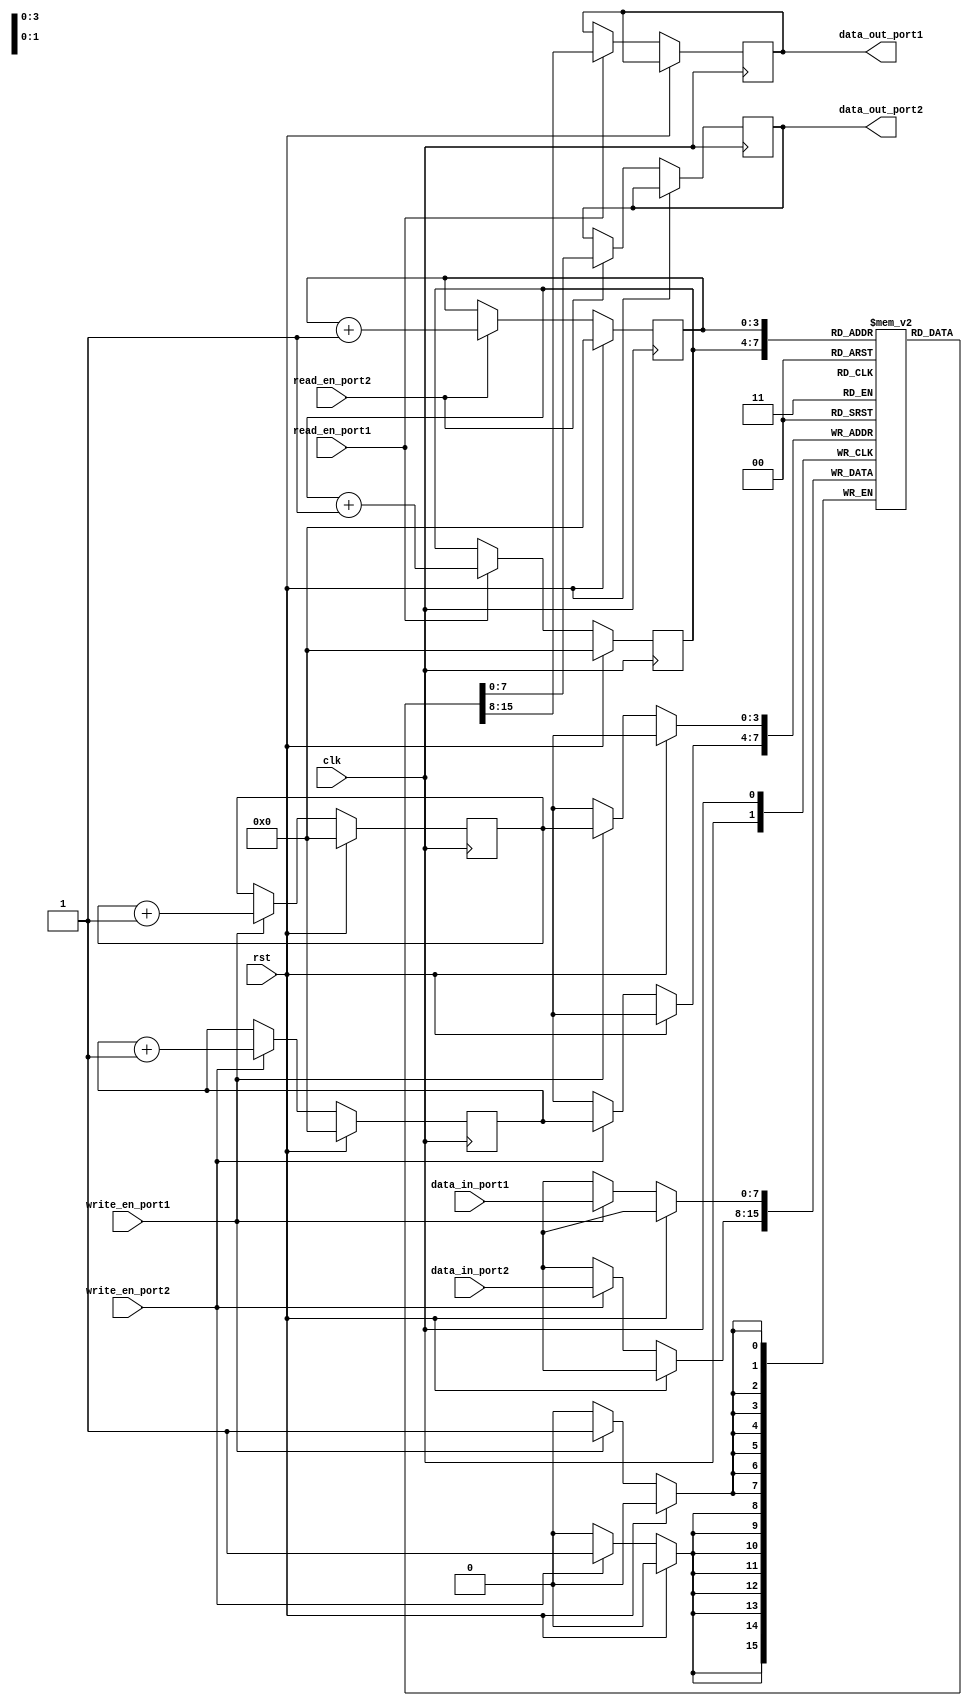
module dual_port_fifo (
    input wire clk,
    input wire rst,
    input wire [7:0] data_in_port1,
    input wire write_en_port1,
    output reg [7:0] data_out_port1,
    input wire read_en_port1,
    input wire [7:0] data_in_port2,
    input wire write_en_port2,
    output reg [7:0] data_out_port2,
    input wire read_en_port2
);

reg [7:0] fifo_buffer [0:15]; // FIFO buffer with 16 locations
reg [3:0] read_ptr_port1;
reg [3:0] write_ptr_port1;
reg [3:0] read_ptr_port2;
reg [3:0] write_ptr_port2;

always @(posedge clk) begin
    if (rst) begin
        read_ptr_port1 <= 4'd0;
        write_ptr_port1 <= 4'd0;
        read_ptr_port2 <= 4'd0;
        write_ptr_port2 <= 4'd0;
    end else begin
        // Port 1 write operation
        if (write_en_port1) begin
            fifo_buffer[write_ptr_port1] <= data_in_port1;
            write_ptr_port1 <= write_ptr_port1 + 1;
        end
        // Port 1 read operation
        if (read_en_port1) begin
            data_out_port1 <= fifo_buffer[read_ptr_port1];
            read_ptr_port1 <= read_ptr_port1 + 1;
        end
        // Port 2 write operation
        if (write_en_port2) begin
            fifo_buffer[write_ptr_port2] <= data_in_port2;
            write_ptr_port2 <= write_ptr_port2 + 1;
        end
        // Port 2 read operation
        if (read_en_port2) begin
            data_out_port2 <= fifo_buffer[read_ptr_port2];
            read_ptr_port2 <= read_ptr_port2 + 1;
        end
    end
end

endmodule